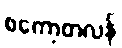
စကော့တလန်